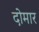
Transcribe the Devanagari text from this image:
दोमार